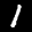
Label: 1